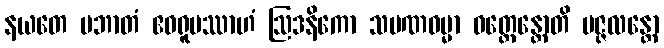
နယတေ ပဘာတံ ဧဝရူပဿာဟံ ဩဒနိကော သမဏဓမ္မာ ဝတ္တေန္တောတိ ပဇ္ဇလန္တော